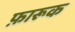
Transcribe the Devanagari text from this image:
फ़ारूक